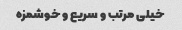
خیلی مرتب و سریع و خوشمزه